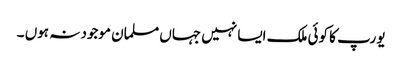
یورپ کا کوئی ملک ایسا نہیں جہاں مسلمان موجود نہ ہوں ۔